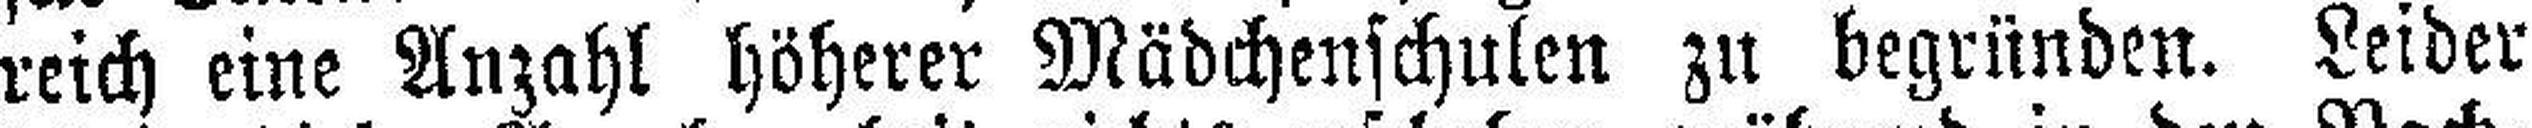
reich eine Anzahl höherer Mädchenschulen zu begründen. Leider